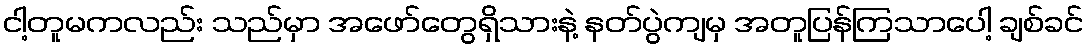
ငါ့တူမကလည်း သည်မှာ အဖော်တွေရှိသားနဲ့ နတ်ပွဲကျမှ အတူပြန်ကြသာပေါ့ ချစ်ခင်